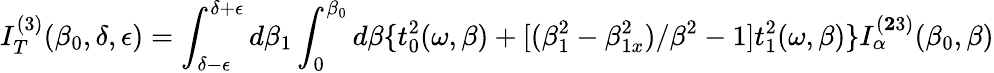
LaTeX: I_{T}^{(3)}({\beta}_{0},\delta,\epsilon)=\int_{\delta-\epsilon}^{\delta+\epsilon}d{\beta}_{1}\int_{0}^{{\beta}_{0}}d{\beta}\{ t_{0}^{2}({\omega},{\beta})+[({\beta}_{1}^{2}-{\beta}_{1x}^{2})/{\beta}^{2}-1]t_{1}^{2}({\omega},{\beta})\} I_{\alpha}^{({\mathbf 23})}({\beta}_{0},{\beta})